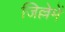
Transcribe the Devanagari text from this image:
जिल्लेमें